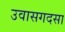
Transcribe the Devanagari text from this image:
उवासगदसा